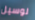
لوسيل